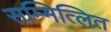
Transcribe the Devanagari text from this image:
सम्मित्लित